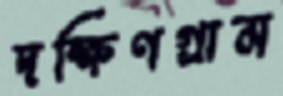
দক্ষিণগ্রাম